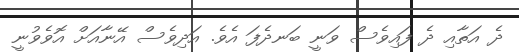
ދެ އަތާއި ދެ ފައިވެސް ވަނީ ބަނދެފަ އެވެ. އަދިވެސް އޭނާއަށް އޮވެވުނީ